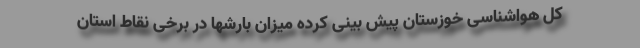
کل هواشناسی خوزستان پیش بینی کرده میزان بارشها در برخی نقاط استان